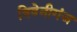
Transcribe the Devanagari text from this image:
त्रिवेनीगंज